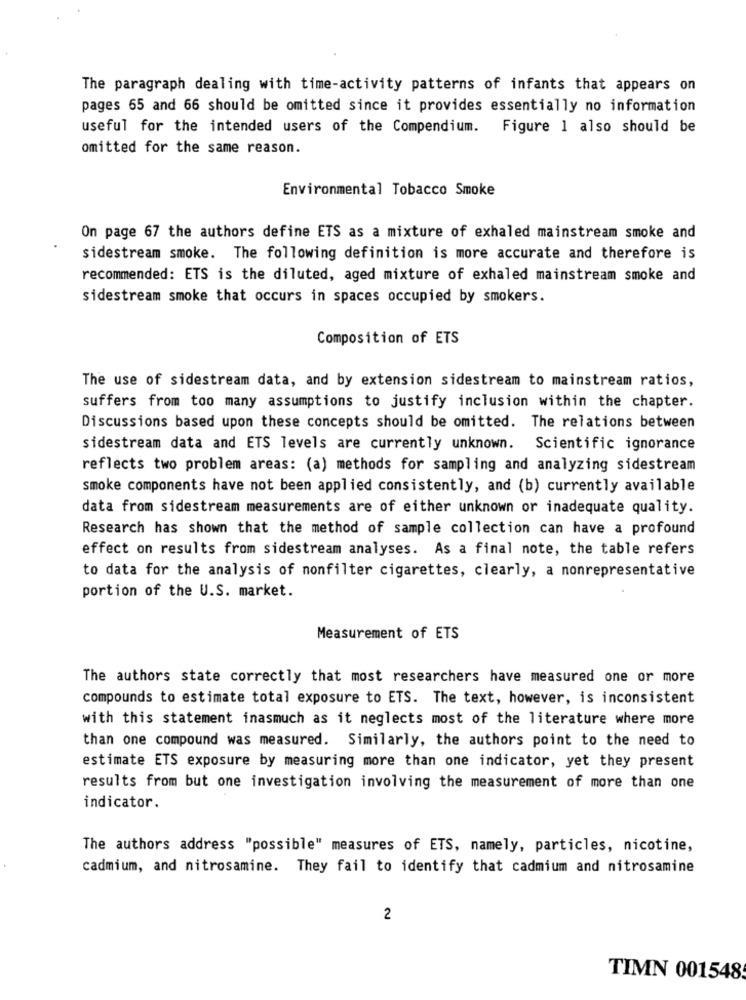
The paragraph dealing with time-activity patterns of infants that appears on
pages 65 and 66 should be omitted since it provides essentially no information
useful for the intended users of the Compendium. Figure 1 also should be
omitted for the same reason.
Environmental Tobacco Smoke
On page 67 the authors define ETS as a mixture of exhaled mainstream smoke and
sidestream smoke. The following definition is more accurate and therefore is
recommended: ETS is the diluted, aged mixture of exhaled mainstream smoke and
sidestream smoke that occurs in spaces occupied by smokers.
Composition of ETS
The use of sidestream data, and by extension sidestream to mainstream ratios,
suffers from too many assumptions to justify inclusion within the chapter.
Discussions based upon these concepts should be omitted. The relations between
sidestream data and ETS levels are currently unknown. Scientific ignorance
reflects two problem areas: (a) methods for sampling and analyzing sidestream
smoke components have not been applied consistently, and (b) currently available
data from sidestream measurements are of either unknown or inadequate quality.
Research has shown that the method of sample collection can have a profound
effect on results from sidestream analyses. As a final note, the table refers
to data for the analysis of nonfilter cigarettes, clearly, a nonrepresentative
portion of the U.S. market.
Measurement of ETS
The authors state correctly that most researchers have measured one or more
compounds to estimate total exposure to ETS. The text, however, is inconsistent
with this statement inasmuch as it neglects most of the literature where more
than one compound was measured. Similarly, the authors point to the need to
estimate ETS exposure by measuring more than one indicator, yet they present
results from but one investigation involving the measurement of more than one
indicator.
The authors address "possible" measures of ETS, namely, particles, nicotine,
cadmium, and nitrosamine. They fail to identify that cadmium and nitrosamine
2
TIMN 001548